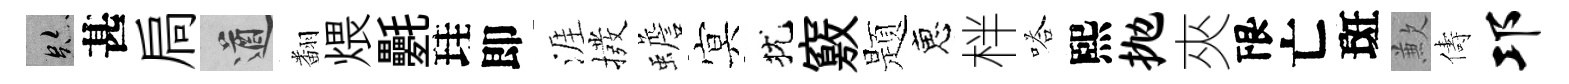
跡甚扃遒翻煨氎珪即涯撥蟾㝠犹竅题恵柈嗒熙抛夾限亡斑歉儔邛